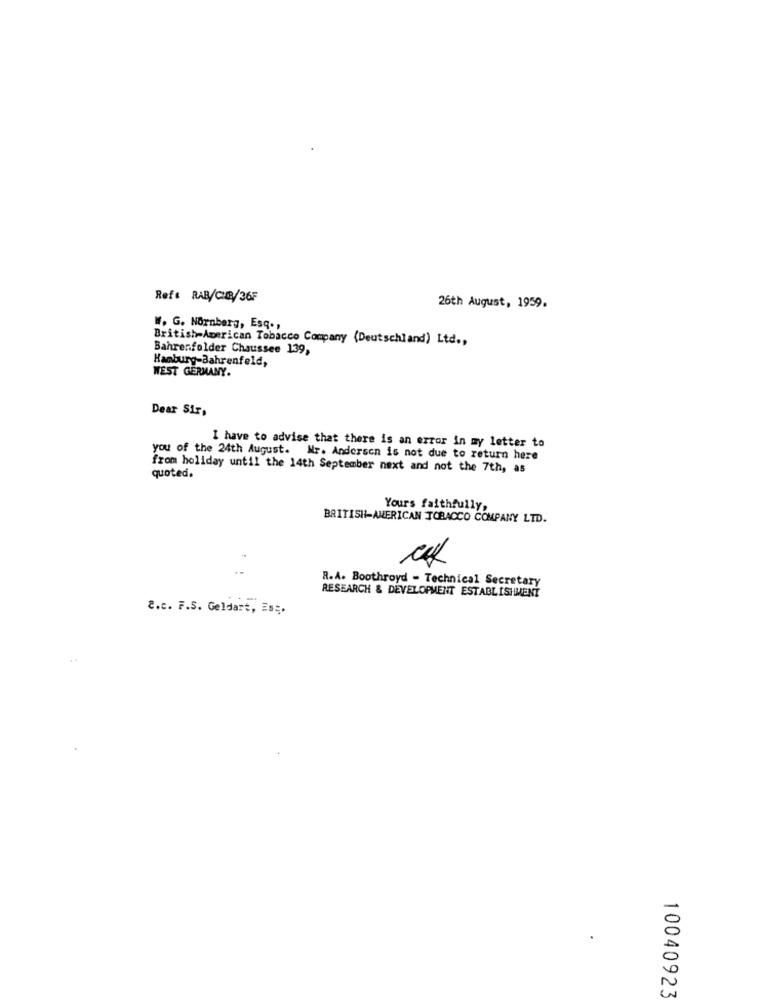
Refe RAB/CHB/36F
26th August, 1959.
W. G. Nornberg, Esq .,
British American Tobacco Company (Deutschland) Ltd .,
Bahrenfolder Chaussee 139,
Hamburg-Bahrenfeld,
WEST GERMANY.
Dear Sir,
I have to advise that there is an error in my letter to
you of the 24th August. Mr. Andersen is not due to return here
from holiday until the 14th September next and not the 7th, as
quoted.
Yours faithfully,
BRITISH-AMERICAN TOBACCO COMPANY LTD.
R.A. Boothroyd - Technical Secretary
RESEARCH & DEVELOPMENT ESTABLISHMENT
2.c. F.S. Geldart, Es ;.
10040923